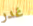
غدر